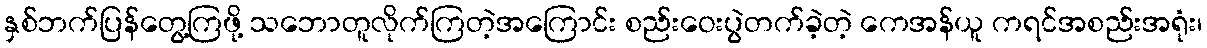
နှစ်ဘက်ပြန်တွေ့ကြဖို့ သဘောတူလိုက်ကြတဲ့အကြောင်း စည်းဝေးပွဲတက်ခဲ့တဲ့ ကေအန်ယူ ကရင်အစည်းအရုံး၊